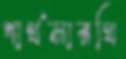
পার্থসারথি